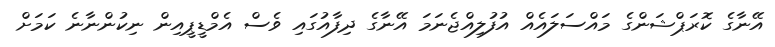
އޭނާގެ ކޮރަޕްޝަންގެ މައްސަލައެއް އުފުލިއްޖެނަމަ އޭނާގެ ދިފާއުގައި ވެސް އެމްޑީޕީއިން ނިކުންނާނެ ކަމަށް